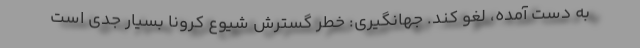
به دست آمده، لغو کند. جهانگیری: خطر گسترش شیوع کرونا بسیار جدی است